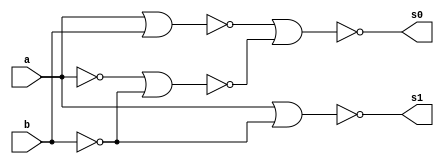
//Nome: Gabriel Benjamim de Carvalho
//Matrcula: 396690



module meiadiferenca (s0, s1, a, b);

 output s0, s1;
 input  a, b;
 wire s2,s3,s4,s5,s6;

 
 nor norgate1 (s2, a, a);
 nor norgate2 (s3, b, b);
 nor norgate3 (s4, s2, s3);
 nor norgate4 (s5, a, b);
 nor norgate5 (s0, s5, s4);
 nor norgate6 (s6, s2, s2);
 nor norgate7 (s1, s6, s3);
 

 endmodule 



module testemeiadiferenca;


 reg   a, b;             
 wire  s0, s1;

          
 meiadiferenca MEIADIFERENCA1 (s0, s1, a, b);


 initial begin:start
      a=0; b=0;
 end

         

 initial begin:main
      $display("Nome: Gabriel Benjamim de Carvalho - 396690");
      $display("Meia diferenca com portas NOR.");
      $display("\n a | b = s0 s1\n");
      $monitor(" %b | %b = %b %b", a, b, s0, s1);
  #1  a=0; b=1; 
  #1  a=1; b=0; 
  #1  a=1; b=1; 
  

 end

endmodule